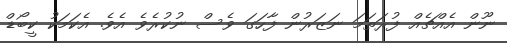
ނޫން އެއްޗެއް ފުރަތަމަ ނަޒަރުން ފާހަގަ ވެސް ނުކުރެވެ އެވެ. އެކަމަކު ކީބޯޑް